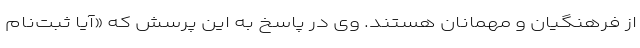
از فرهنگیان و مهمانان هستند. وی در پاسخ به این پرسش که «آیا ثبت‌نام